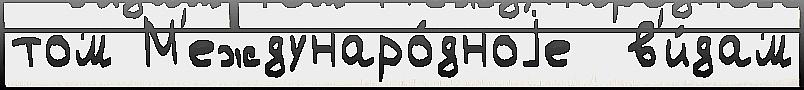
том М'еждунаро́дноjе  в'и́дам